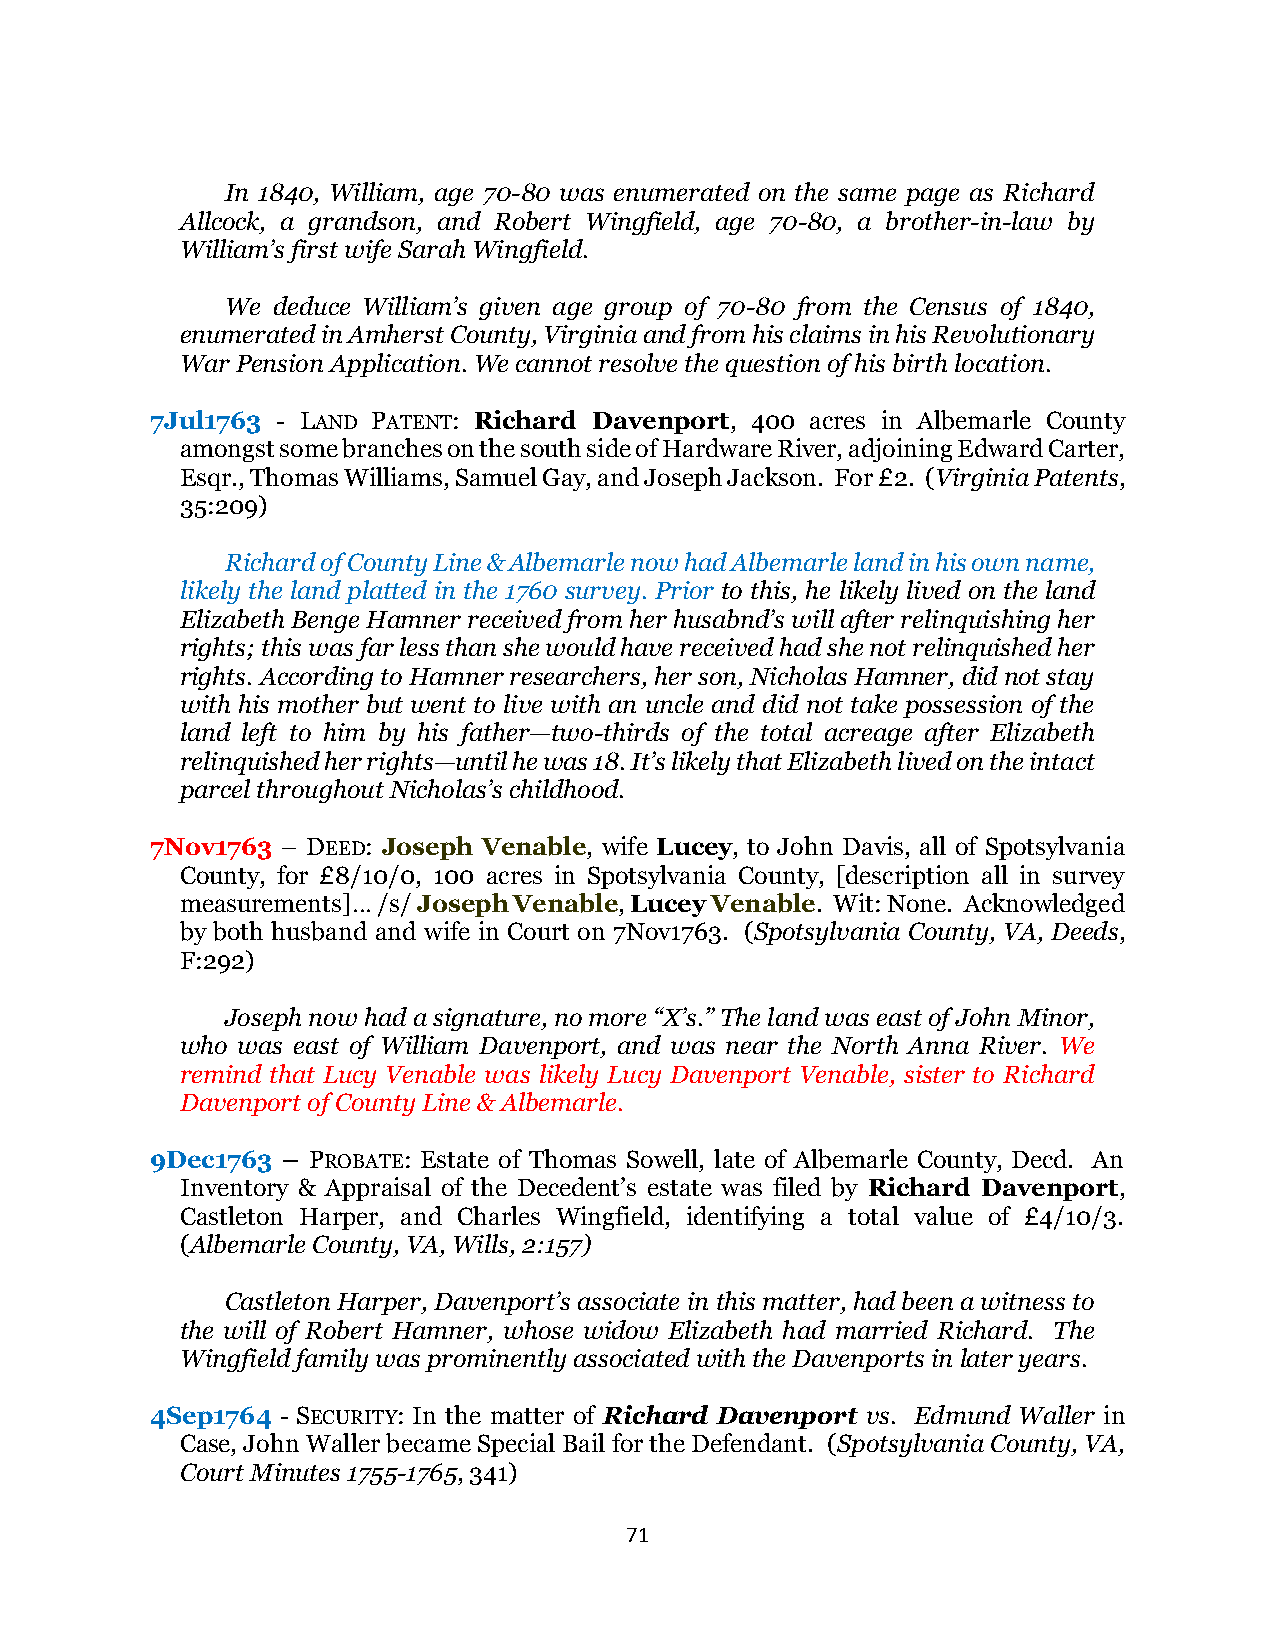
In 1840, William, age 70-80 was enumerated on the same page as Richard
 Allcock, a grandson, and Robert Wingfield, age 70-80, a brother-in-law by
 William’s first wife Sarah Wingfield.
 We deduce William’s given age group of 70-80 from the Census of 1840,
 enumerated in Amherst County, Virginia and from his claims in his Revolutionary
 War Pension Application. We cannot resolve the question of his birth location.
 7Jul1763 - LAND PATENT: Richard Davenport, 400 acres in Albemarle County
 amongst some branches on the south side of Hardware River, adjoining Edward Carter,
 Esqr., Thomas Williams, Samuel Gay, and Joseph Jackson. For £2. (Virginia Patents,
 35:209)
 Richard of County Line & Albemarle now had Albemarle land in his own name,
 likely the land platted in the 1760 survey. Prior to this, he likely lived on the land
 Elizabeth Benge Hamner received from her husabnd’s will after relinquishing her
 rights; this was far less than she would have received had she not relinquished her
 rights. According to Hamner researchers, her son, Nicholas Hamner, did not stay
 with his mother but went to live with an uncle and did not take possession of the
 land left to him by his father—two-thirds of the total acreage after Elizabeth
 relinquished her rights—until he was 18. It’s likely that Elizabeth lived on the intact
 parcel throughout Nicholas’s childhood.
 7Nov1763 – DEED: Joseph Venable, wife Lucey, to John Davis, all of Spotsylvania
 County, for £8/10/0, 100 acres in Spotsylvania County, [description all in survey
 measurements]… /s/ Joseph Venable, Lucey Venable. Wit: None. Acknowledged
 by both husband and wife in Court on 7Nov1763. (Spotsylvania County, VA, Deeds,
 F:292)
 Joseph now had a signature, no more “X’s.” The land was east of John Minor,
 who was east of William Davenport, and was near the North Anna River. We
 remind that Lucy Venable was likely Lucy Davenport Venable, sister to Richard
 Davenport of County Line & Albemarle.
 9Dec1763 – PROBATE: Estate of Thomas Sowell, late of Albemarle County, Decd. An
 Inventory & Appraisal of the Decedent’s estate was filed by Richard Davenport,
 Castleton Harper, and Charles Wingfield, identifying a total value of £4/10/3.
 (Albemarle County, VA, Wills, 2:157)
 Castleton Harper, Davenport’s associate in this matter, had been a witness to
 the will of Robert Hamner, whose widow Elizabeth had married Richard. The
 Wingfield family was prominently associated with the Davenports in later years.
 4Sep1764 - SECURITY: In the matter of Richard Davenport vs. Edmund Waller in
 Case, John Waller became Special Bail for the Defendant. (Spotsylvania County, VA,
 Court Minutes 1755-1765, 341)
 71